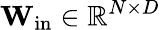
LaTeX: \mathbf{W_{\mathrm{in}}}\in\mathbb{R}^{N\times D}